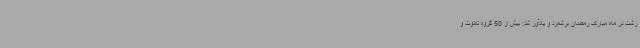
رشت در ماه مبارک رمضان برشمرد و یادآور شد: بیش از 50 گروه تلاوت و